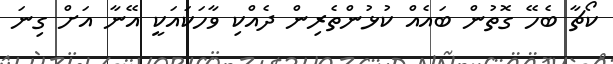
ކޯޗާ ބެހޭ ގޮތުން ބައެއް ކުޅުންތެރިން ދެއްކި ވާހަކައަކީ އޭނާ އަށް ގިނަ